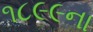
૧૮૯૯ના